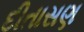
દીતાસણ